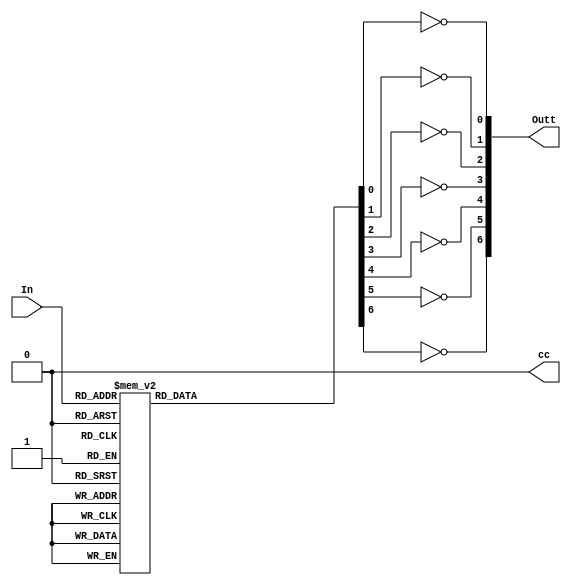
`timescale 1ns / 1ps
//////////////////////////////////////////////////////////////////////////////////
// Company: 
// Engineer: 
// 
// Design Name: 
// Module Name: Seven_SegDri
// Project Name: 
// Target Devices: 
// Tool Versions: 
// Description: 
// 
// Dependencies: 
// 
// Revision:
// Revision 0.01 - File Created
// Additional Comments:
// 
//////////////////////////////////////////////////////////////////////////////////

module Seven_SegDri(In, Outt, cc    ); // cc=common cathode , // Outt=port

input wire [3:0] In;
output  [6:0] Outt;
output reg cc;

reg [6:0] Out; //register

// logic description 
//always@ (sensitivty list)
always@(*) // aesterick * takes all inputs automatically
begin 
cc=1'b0;

    case (In)
    4'b0000 : Out = 7'b0111111; //0
    4'b0001 : Out = 7'b0000110; //1
    4'b0010 : Out = 7'b1011011; //2 
    4'b0011 : Out = 7'b1001111; //3
    4'b0100: Out = 7'b1100110; //4
    4'b0101 : Out = 7'b1011011; //5
    4'b0110 : Out = 7'b1111101;//6
    4'b0111 : Out = 7'b0000111; //7
    4'b1000 : Out = 7'b1111111; //8
    4'b1001 : Out = 7'b1101111; //9
    default : Out = 7'bzzzzzzz;
    endcase
    end
    
    
   // assign Outt =!(Out);
assign Outt= {~Out[7],~Out[6],~Out[5],~Out[4],~Out[3], ~Out[2],~Out[1], ~Out[0]};    

endmodule